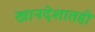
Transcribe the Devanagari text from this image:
खानदेशातही